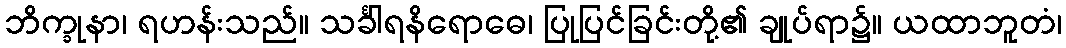
ဘိက္ခုနာ၊ ရဟန်းသည်။ သင်္ခါရနိရောဓေ၊ ပြုပြင်ခြင်းတို့၏ ချုပ်ရာ၌။ ယထာဘူတံ၊